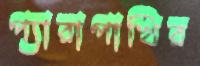
প্যারাপাখির